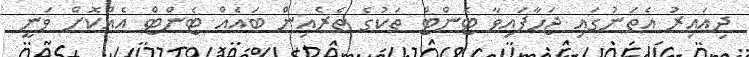
ދިއައިރު އެތަނުގައި ޖަހާފައިވާ ޓެންޓް ތަކުގެ ތެރެއިން ބައެއް ޓެންޓް އެއްކޮށް ވަނީ